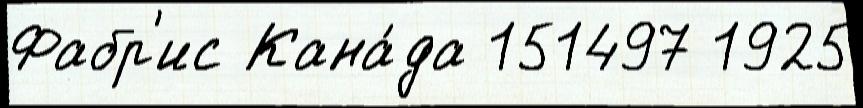
Фабр'ис Кана́да 151497 1925